Vaccination in Bombay 1889-1901 - 1889-1901
Year: 1889
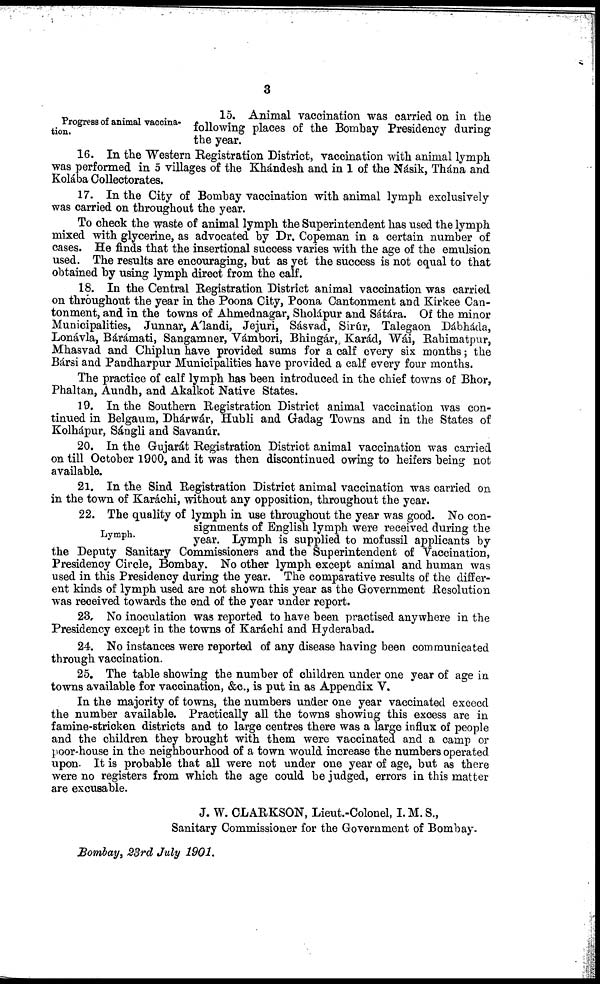
3
Progress of animal vaccina-
tion.
15. Animal vaccination was carried on in the
following places of the Bombay Presidency during
the year.
16. In the Western Registration District, vaccination with animal lymph
was performed in 5 villages of the Khándesh and in 1 of the Násik, Thána and
Kolába Collectorates.
17. In the City of Bombay vaccination with animal lymph exclusively
was carried on throughout the year.
To check the waste of animal lymph the Superintendent has used the lymph
mixed with glycerine, as advocated by Dr. Copeman in a certain number of
cases. He finds that the insertional success varies with the age of the emulsion
used. The results are encouraging, but as yet the success is not equal to that
obtained by using lymph direct from the calf.
18. In the Central Registration District animal vaccination was carried
on throughout the year in the Poona City, Poona Cantonment and Kirkee Can-
tonment, and in the towns of Ahmednagar, Sholápur and Sátára. Of the minor
Municipalities, Junnar, Álandi, Jejuri, Sásvad, Sirúr, Talegaon Dábháda,
Lonávla, Bárámati, Sangamner, Vámbori, Bhingár,. Karád, Wái, Rahimatpur,
Mhasvad and Chiplun have provided sums for a calf every six months; the
Bársi and Pandharpur Municipalities have provided a calf every four months.
The practice of calf lymph has been introduced in the chief towns of Bhor,
Phaltan, Aundh, and Akalkot Native States.
19. In the Southern Registration District animal vaccination was con-
tinued in Belgaum, Dhárwár, Hubli and Gadag Towns and in the States of
Kolhápur, Sángli and Savanúr.
20. In the Gujarát Registration District animal vaccination was carried
on till October 1900, and it was then discontinued owing to heifers being not
available.
21. In the Sind Registration District animal vaccination was carried on
in the town of Karáchi, without any opposition, throughout the year.
Lymph.
22. The quality of lymph in use throughout the year was good. No con-
signments of English lymph were received during the
year. Lymph is supplied to mofussil applicants by
the Deputy Sanitary Commissioners and the Superintendent of Vaccination,
Presidency Circle, Bombay. No other lymph except animal and human was
used in this Presidency during the year. The comparative results of the differ-
ent kinds of lymph used are not shown this year as the Government Resolution
was received towards the end of the year under report.
23. No inoculation was reported to have been practised anywhere in the
Presidency except in the towns of Karáchi and Hyderabad.
24. No instances were reported of any disease having been communicated
through vaccination.
25. The table showing the number of children under one year of age in
towns available for vaccination, &c., is put in as Appendix V.
In the majority of towns, the numbers under one year vaccinated exceed
the number available. Practically all the towns showing this excess are in
famine-stricken districts and to large centres there was a large influx of people
and the children they brought with them were vaccinated and a camp or
poor-house in the neighbourhood of a town would increase the numbers operated
upon. It is probable that all were not under one year of age, but as there
were no registers from which the age could be judged, errors in this matter
are excusable.
J. W. CLARKSON, Lieut.-Colonel, I.M.S.,
Sanitary Commissioner for the Government of Bombay.
Bombay, 23rd July 1901.